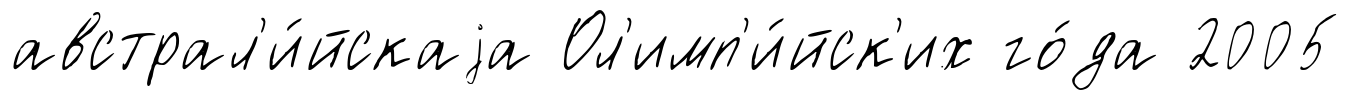
австрал'и́йскаjа Ол'имп'и́йск'их го́да 2005